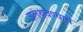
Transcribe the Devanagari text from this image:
उलथवण्याचे